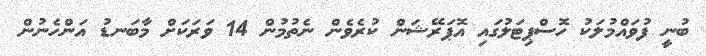
ބުނީ ފުވައްމުލަކު ހޮސްޕިޓަލުގައި އޮޕަރޭޝަން ކުރެވެން ނެތުމުން 14 ވަރަކަށް މާބަނޑު އަންހެނުން